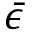
\bar { \epsilon }